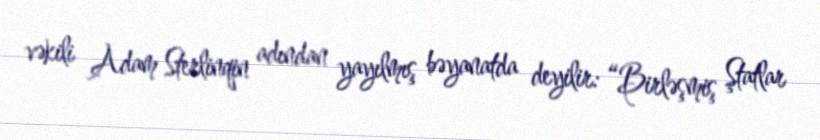
vəkili Adam Sterlinqin adından yayılmış bəyanatda deyilir: “Birləşmiş Ştatlar